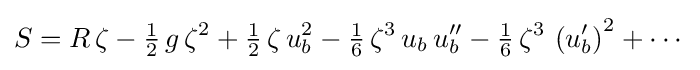
S=R\,\zeta -{\tfrac {1}{2}}\,g\,\zeta ^{2}+{\tfrac {1}{2}}\,\zeta \,u_{b}^{2}-{\tfrac {1}{6}}\,\zeta ^{3}\,u_{b}\,u_{b}''-{\tfrac {1}{6}}\,\zeta ^{3}\,\left(u_{b}'\right)^{2}+\cdots